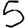
Digit: 5